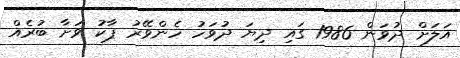
އަލަށް ދުވަން 1986 ގައި ދިޔަ ދުވަހު ހެންވޭރު ޕާކު ވަށާ ބުރެއް